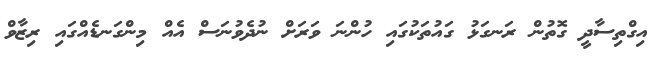
އިގްތިސާދީ ގޮތުން ރަނގަޅު ގައުތަކުގައި ހުންނަ ވަރަށް ނުދެވުނަސް އެއް މިންގަނޑެއްގައި ރިޒާވް